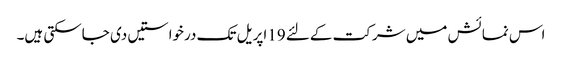
اس نمائش میں شرکت کےلئے 19اپریل تک درخواستیں دی جاسکتی ہیں۔